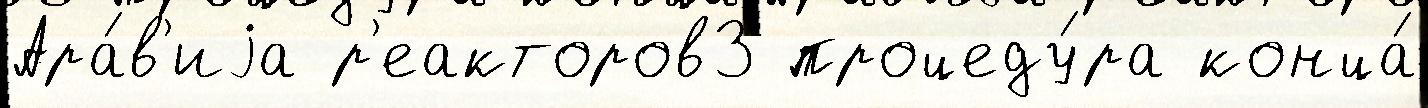
Ара́в'иjа р'еакторов3 процеду́ра конца́